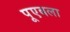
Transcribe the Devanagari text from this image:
पूएबला